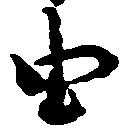
由